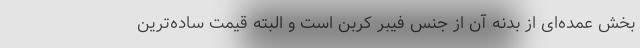
بخش عمده‌ای از بدنه آن از جنس فیبر کربن است و البته قیمت ساده‌ترین